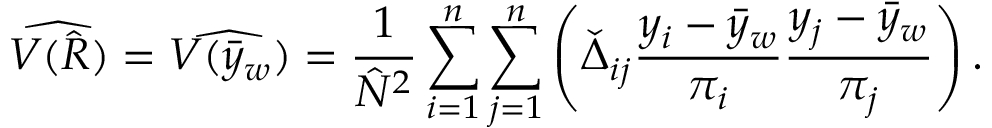
{ \widehat { V ( { \hat { R } } ) } } = { \widehat { V ( { \bar { y } } _ { w } ) } } = { \frac { 1 } { { \hat { N } } ^ { 2 } } } \sum _ { i = 1 } ^ { n } \sum _ { j = 1 } ^ { n } \left( { \check { \Delta } } _ { i j } { \frac { y _ { i } - { \bar { y } } _ { w } } { \pi _ { i } } } { \frac { y _ { j } - { \bar { y } } _ { w } } { \pi _ { j } } } \right) .